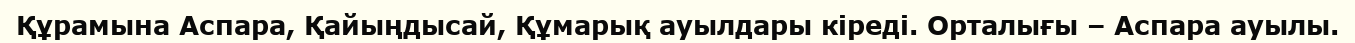
Құрамына Аспара, Қайыңдысай, Құмарық ауылдары кіреді. Орталығы – Аспара ауылы.